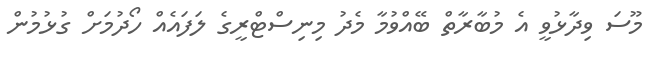
މޫސަ ވިދާޅުވީ އެ މުބާރާތް ބޭއްވުމާ މެދު މިނިސްޓްރީގެ ލަފައެއް ހޯދުމަށް ގުޅުމުން